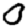
Digit: 0